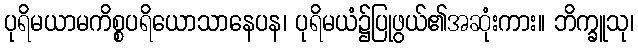
ပုရိမယာမကိစ္စပရိယောသာနေပန၊ ပုရိမယံ၌ပြုဖွယ်၏အဆုံးကား။ ဘိက္ခူသု၊